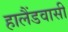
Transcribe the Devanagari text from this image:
हालैंडवासी